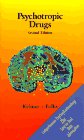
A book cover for Psychotropic Drugs; Norman L. Keltner; Medical Books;